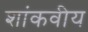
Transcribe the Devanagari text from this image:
शांकवीय